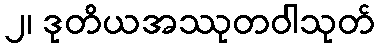
၂၊ ဒုတိယအဿုတဝါသုတ်